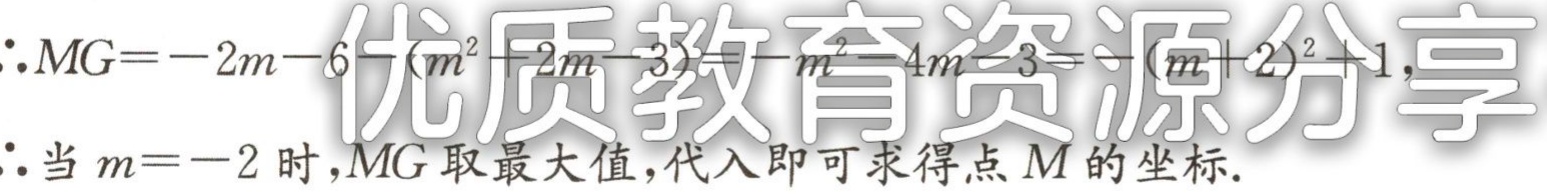
$\therefore MG=-2m - 6-(m^{2}+2m - 3)=-m^{2}-4m - 3=-(m + 2)^{2}+1,$

$\therefore$当$m = - 2$时,$MG$取最大值,代入即可求得点$M$的坐标.